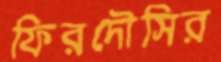
ফিরদৌসির